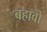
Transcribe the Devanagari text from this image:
बहावो